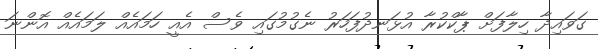
ގަވައިދާ ހިލާފަށް ޕާކްކުރާ އުޅަނދުފަހަރު ނެގުމުގައި ވެސް އެއީ ހަމައެއް ލަމައެއް އޮންނަ